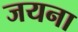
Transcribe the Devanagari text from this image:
जयना